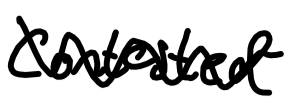
Text: contested
Cross-out: zig-zag
Writing tool: digital_black